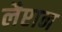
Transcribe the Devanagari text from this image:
लैप्टान